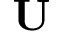
\mathbf { U }